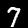
Label: 7